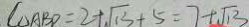
C _ { \Delta A B D } = 2 + \sqrt { 1 3 } + 5 = 7 + \sqrt { 1 3 }